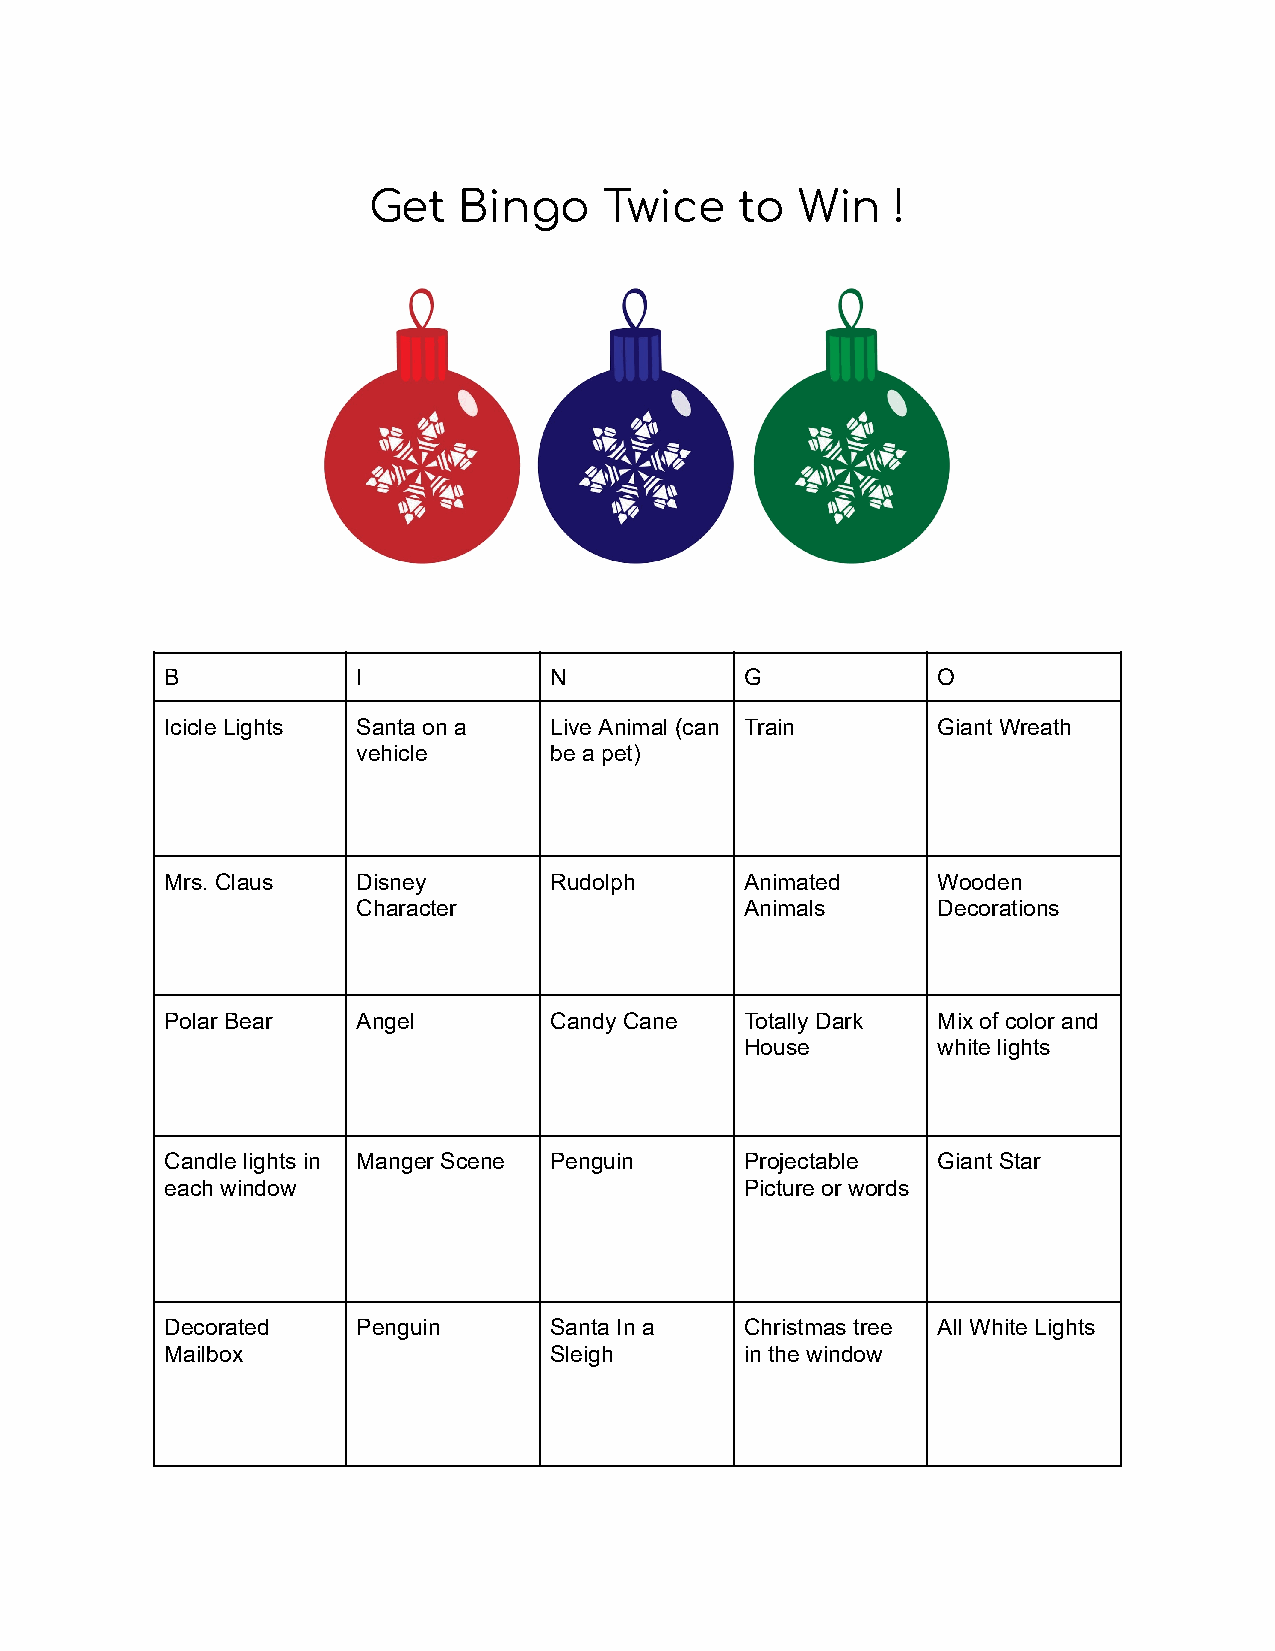
Get   Bingo     Twice    to  Win   !
 B            I           N            G            O
 Icicle Lights Santa on a Live Animal (can Train    Giant Wreath
 vehicle     be a pet)
 Mrs. Claus   Disney      Rudolph      Animated     Wooden
 Character                Animals      Decorations
 Polar Bear   Angel       Candy Cane   Totally Dark Mix of color and
 House        white lights
 Candle lights in Manger Scene Penguin Projectable  Giant Star
 each window                           Picture or words
 Decorated    Penguin     Santa In a   Christmas tree All White Lights
 Mailbox                  Sleigh       in the window